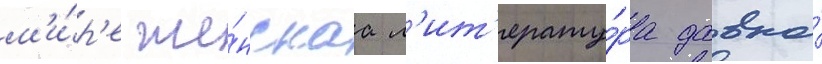
м'и́р'е же́нскаа л'ит'ерату́ра давно́